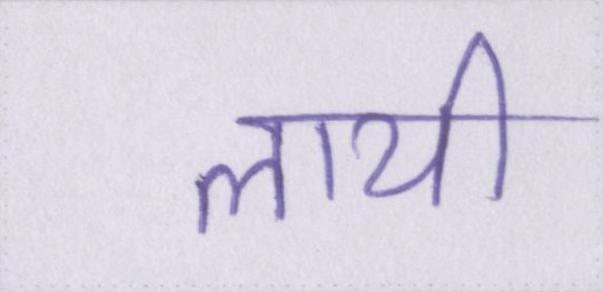
लायी